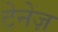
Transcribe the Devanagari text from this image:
टेनेज़